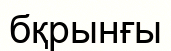
бқрынғы